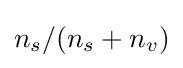
n_{s}/(n_{s}+n_{v})